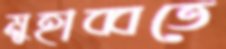
মুহাব্বতে